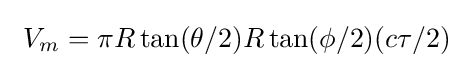
\ V_{m}=\pi R\tan(\theta /2)R\tan(\phi /2)(c\tau /2)